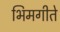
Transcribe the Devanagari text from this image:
भिमगीते